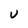
Character: u